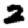
Digit: 2